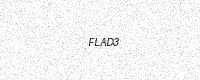
Text: FLAD3